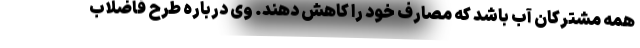
همه مشترکان آب باشد که مصارف خود را کاهش دهند. وی درباره طرح فاضلاب